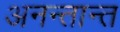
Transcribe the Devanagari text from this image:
अनन्तान्त